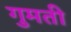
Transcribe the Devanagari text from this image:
गुमती